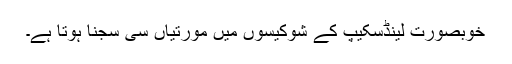
خوبصورت لینڈسکیپ کے شوکیسوں میں مورتیاں سی سجنا ہوتا ہے۔